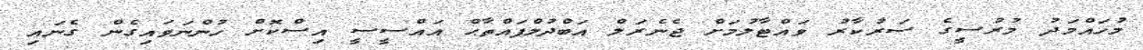
މުހައްމަދު މުރުސީގެ ސަރުކާރު ވައްޓާލުމަށް ޖެނެރަލް އަބްދުލްފައްތާޙް އައްސީސީ އިސްކޮށް ހުންނަވައިގެން ގެނައި